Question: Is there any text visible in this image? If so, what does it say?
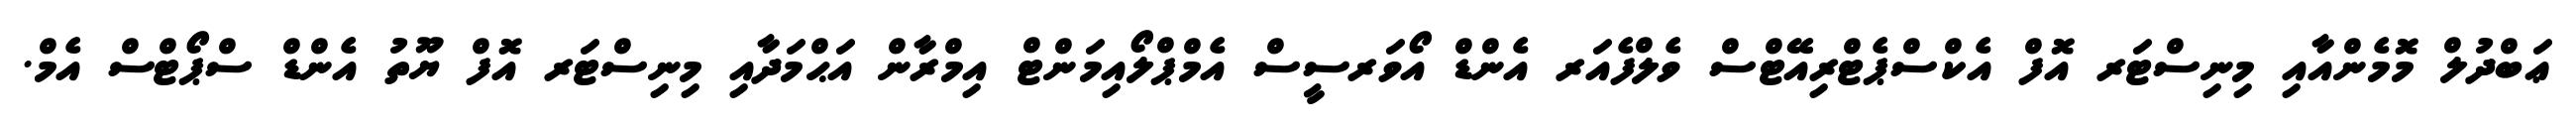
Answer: ޢަބްދުލް މޮމެންއާއި މިނިސްޓަރ އޮފް އެކްސްޕެޓްރިއޭޓްސް ވެލްފެއަރ އެންޑް އޯވަރސީސް އެމްޕްލޯއިމަންޓް އިމްރާން އަޙްމަދާއި މިނިސްޓަރ އޮފް ޔޫތު އެންޑް ސްޕޯޓްސް އެމް.